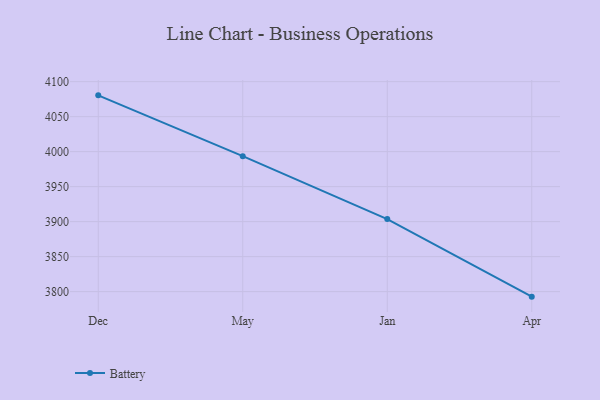
{"axis": {"x": "Month", "y": "Budget (USD K)"}, "legend": ["Battery"], "data": [{"x": "Dec", "y": 4080.4, "type": "Battery"}, {"x": "May", "y": 3993.5, "type": "Battery"}, {"x": "Jan", "y": 3903.7, "type": "Battery"}, {"x": "Apr", "y": 3792.8, "type": "Battery"}]}